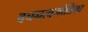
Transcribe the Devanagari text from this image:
वचनत्वजोतिका